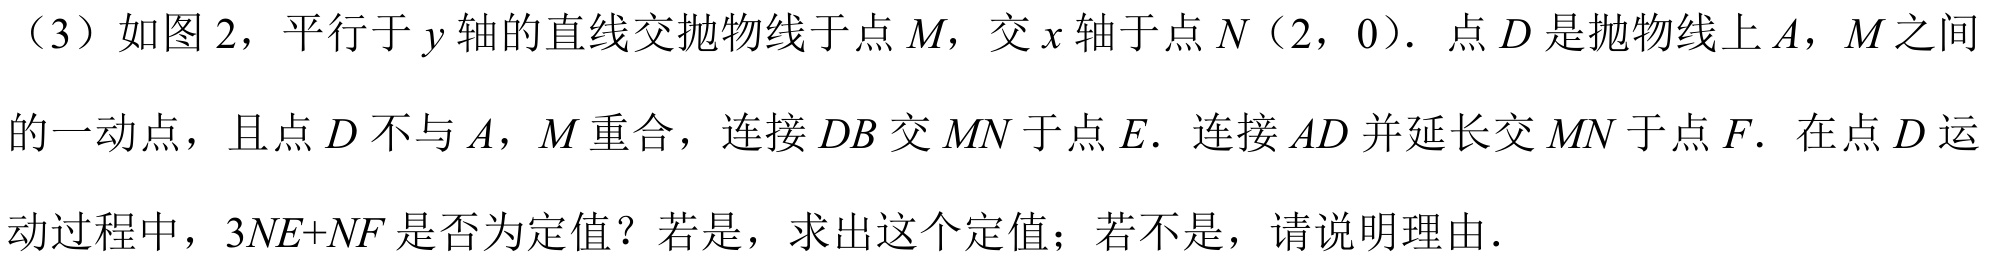
（3）如图2，平行于\(y\)轴的直线交抛物线于点\(M\)，交\(x\)轴于点\(N(2,0)\)．点\(D\)是抛物线上\(A\)，\(M\)之间的一动点，且点\(D\)不与\(A\)，\(M\)重合，连接\(DB\)交\(MN\)于点\(E\)．连接\(AD\)并延长交\(MN\)于点\(F\)．在点\(D\)运动过程中，\(3NE + NF\)是否为定值？若是，求出这个定值；若不是，请说明理由．